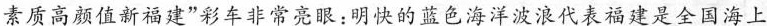
素质高颜值新福建”彩车非常亮眼：明快的蓝色海洋波浪代表福建是全国海上